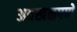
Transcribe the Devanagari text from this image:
अवखळपणे